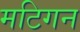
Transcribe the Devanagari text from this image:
मटिगन